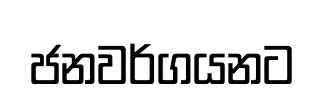
ජනවර්ගයනට